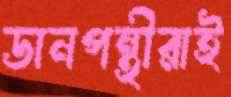
ডানপন্থীরাই